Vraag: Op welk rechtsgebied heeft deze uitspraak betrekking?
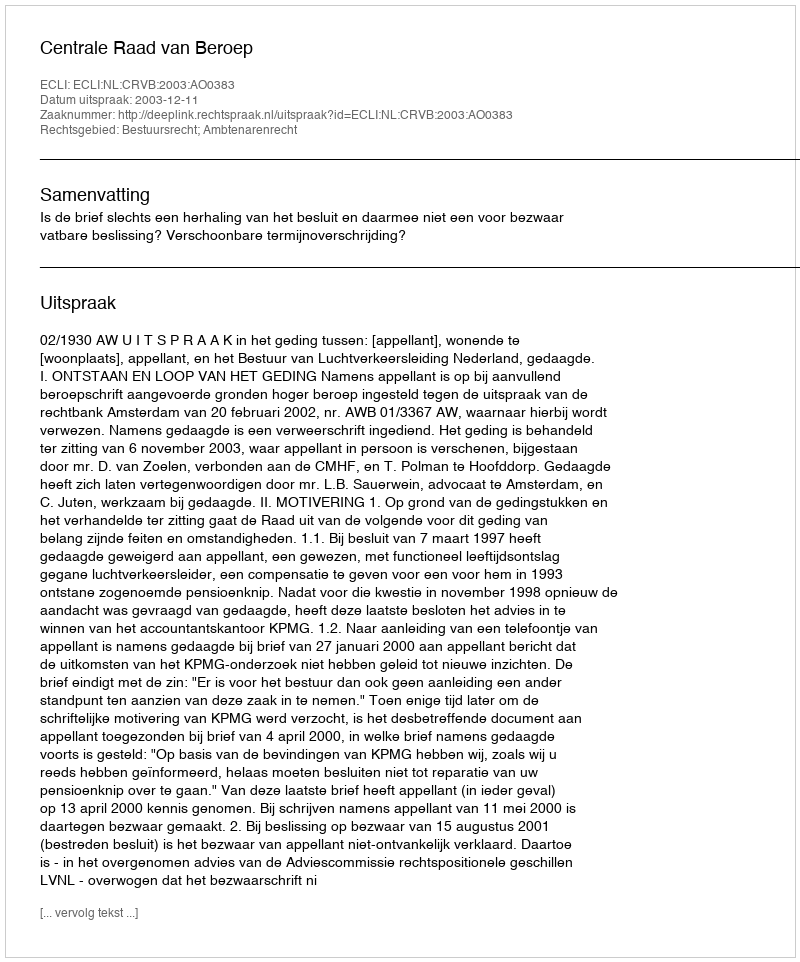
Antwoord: Bestuursrecht; Ambtenarenrecht